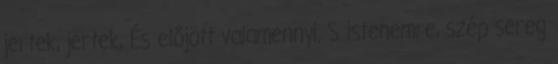
jertek, jertek, És előjött valamennyi, S istenemre, szép sereg